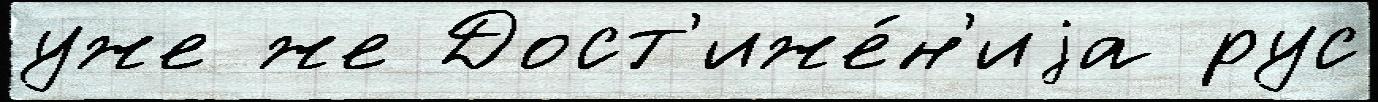
уже же Дост'иже́н'иjа рус